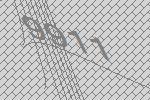
9911